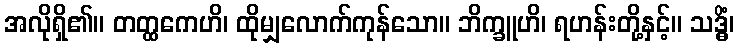
အလိုရှိ၏။ တတ္ထကေဟိ၊ ထိုမျှလောက်ကုန်သော။ ဘိက္ခူဟိ၊ ရဟန်းတို့နှင့်။ သဒ္ဓိံ၊